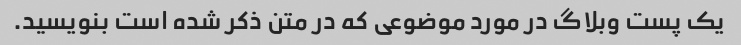
یک پست وبلاگ در مورد موضوعی که در متن ذکر شده است بنویسید.